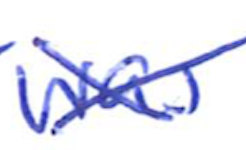
Text: was
Cross-out: cross
Writing tool: ballpoint